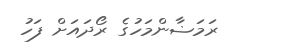
ރަމަޟާންމަހުގެ ރޯދައަށް ފަހު